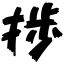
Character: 捗